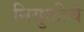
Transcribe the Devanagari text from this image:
नियुक्तीचे